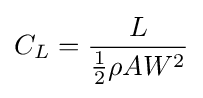
C_{L}={\frac {L}{{\frac {1}{2}}\rho AW^{2}}}